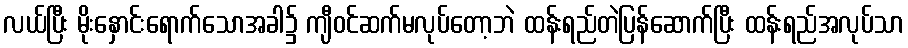
လယ်ပြီး မိုးနှောင်းရောက်သောအခါ၌ ကျီဝင်ဆက်မလုပ်တော့ဘဲ ထန်းရည်တဲပြန်ဆောက်ပြီး ထန်းရည်အလုပ်သာ